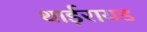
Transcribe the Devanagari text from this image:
थाईरायड